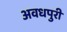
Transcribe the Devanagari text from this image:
अवधपुरी